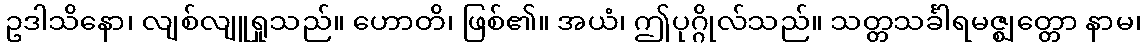
ဥဒါသိနော၊ လျစ်လျူရှုသည်။ ဟောတိ၊ ဖြစ်၏။ အယံ၊ ဤပုဂ္ဂိုလ်သည်။ သတ္တသင်္ခါရမဇ္ဈတ္တော နာမ၊